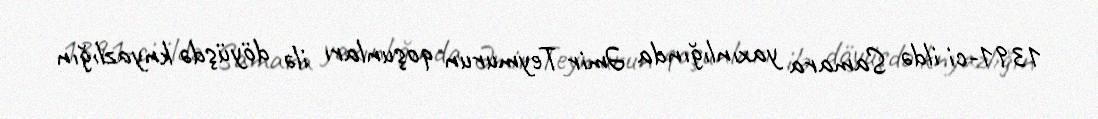
1391-ci ildə Samara yaxınlığında Əmir Teymurun qoşunları ilə döyüşdə knyazlığın